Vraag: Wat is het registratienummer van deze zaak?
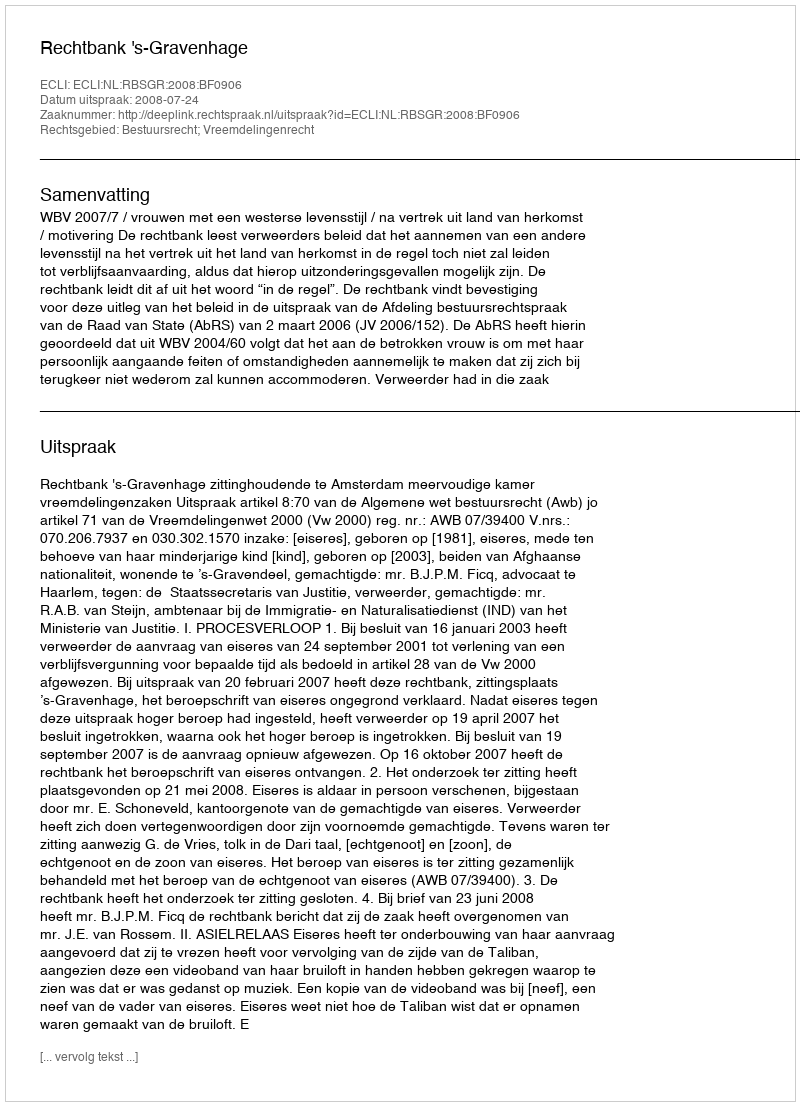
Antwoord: http://deeplink.rechtspraak.nl/uitspraak?id=ECLI:NL:RBSGR:2008:BF0906